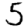
Digit: 5